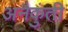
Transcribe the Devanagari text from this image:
अनैकुंती